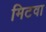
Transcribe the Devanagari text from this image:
मिटवा